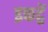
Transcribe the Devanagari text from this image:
इकट्ठें